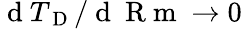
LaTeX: \mathrm{~d~}{T_{\mathrm{~D~}}}/\mathrm{~d~}\mathrm{~R~m~}\rightarrow 0